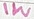
Text: 1W